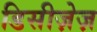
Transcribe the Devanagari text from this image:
डिसीज़ेज़